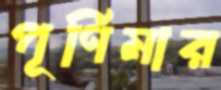
পূর্ণিমার